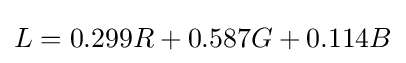
{\textstyle L=0.299R+0.587G+0.114B}